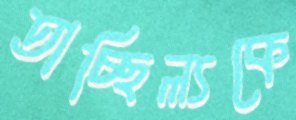
তাচ্ছিল্যকে